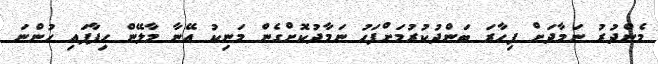
މެންދުރު ނަމާދަށް ފިހާރަ ބަންދުކުރުމަށްފަހު ނަމާދުކޮށްގެން މަނިކު އޭނާ މާލޭން ހިފާފައި ހުންނަ